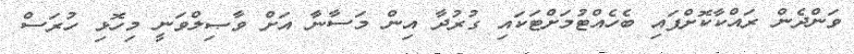
ވަންދެން ރައްކާކޮށްފައި ބެހެއްޓުމަށްޓަކައި ގުރުދާ އިން މަސާނާ އަށް ވާޞިލްވަނީ މިހޮޅި ހުރަސް